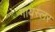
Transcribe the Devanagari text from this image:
गायस्लर